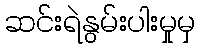
ဆင်းရဲနွမ်းပါးမှုမှ